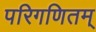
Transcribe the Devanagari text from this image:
परिगणितम्